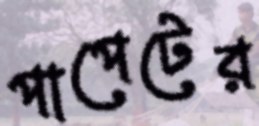
পাপেটের